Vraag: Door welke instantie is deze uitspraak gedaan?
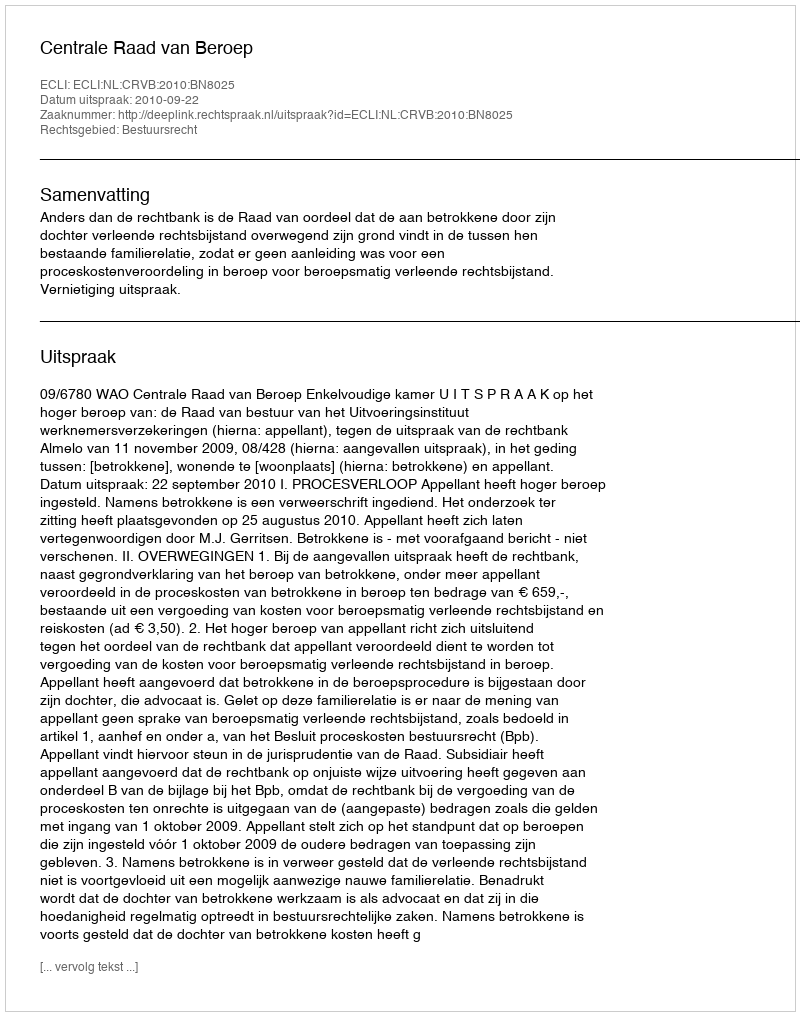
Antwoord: Centrale Raad van Beroep